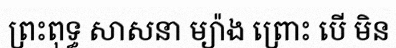
ព្រះពុទ្ធ សាសនា ម្យ៉ាង ព្រោះ បើ មិន